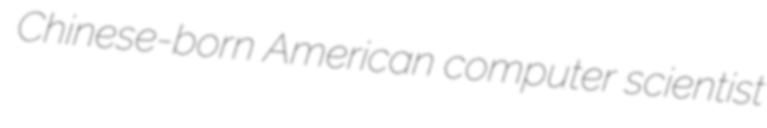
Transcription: Chinese-born American computer scientist